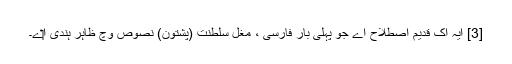
[3] ایہ اک قدیم اصطلاح اے جو پہلی بار فارسی ، مغل سلطنت (پشتون) نصوص وچ ظاہر ہُندی ا‏‏ے۔